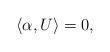
LaTeX: \begin{align*}\langle \alpha, U \rangle =0,\end{align*}